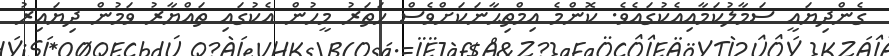
ގެންދިޔައީ ސަމާލުކަމާއިއެކުގައެވެ. ކޮންމެ އިމްތިޙާނަކަށްވެސް ހަތަރު މީހުން އެކުގައި ތައްޔާރު ވަމުން ދިޔައިރު